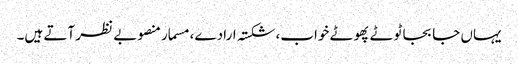
یہاں جا بجا ٹوٹے پھوٹے خواب، شکستہ ارادے، مسمار منصوبے نظر آتے ہیں۔